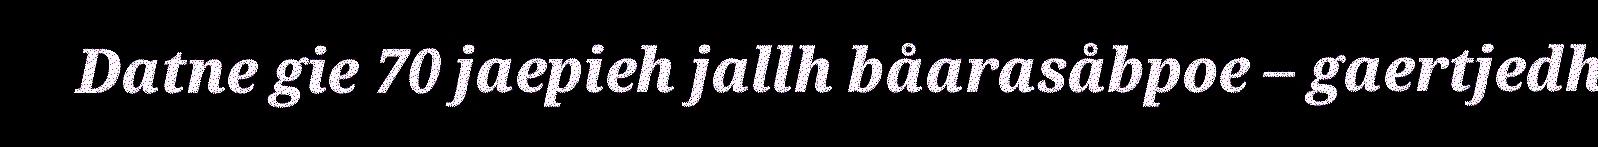
Datne gie 70 jaepieh jallh båarasåbpoe – gaertjedh